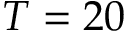
T = 2 0